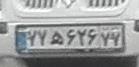
۷۷ه۶۲۶۷۷